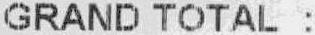
GRAND TOTAL :